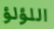
اللؤلؤ